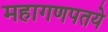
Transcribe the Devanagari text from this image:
महागणपतये